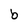
Character: b